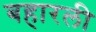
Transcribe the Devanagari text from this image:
बहारली